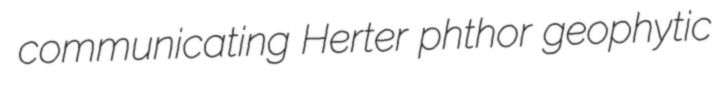
communicating Herter phthor geophytic